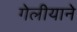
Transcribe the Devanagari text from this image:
गेलीयाने